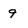
Character: 9